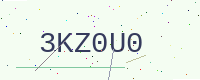
Text: 3KZ0U0